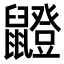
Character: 𫜣